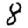
Digit: 8